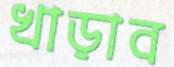
খাড়াব